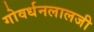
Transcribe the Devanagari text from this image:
गोवर्धनलालजी